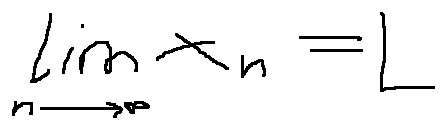
\lim \limits _ { n \rightarrow \infty } x _ { n } = L